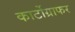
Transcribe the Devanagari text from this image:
कार्टोग्राफर